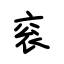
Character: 衮